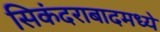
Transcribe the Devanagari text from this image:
सिकंदराबादमध्ये